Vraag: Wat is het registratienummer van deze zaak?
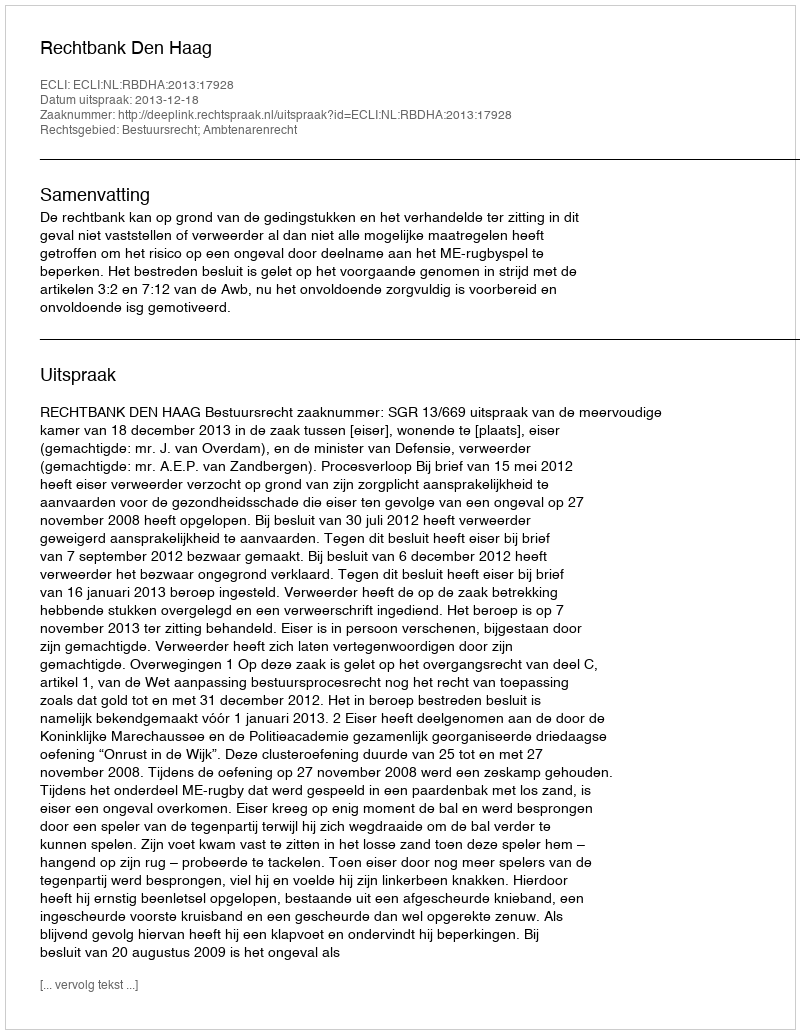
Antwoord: http://deeplink.rechtspraak.nl/uitspraak?id=ECLI:NL:RBDHA:2013:17928